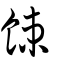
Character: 餗